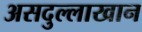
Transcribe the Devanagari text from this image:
असदुल्लाखान